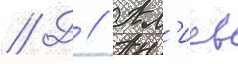
// Д // Ал'иев